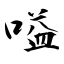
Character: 嗌